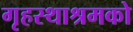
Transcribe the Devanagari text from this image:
गृहस्थाश्रमको